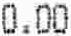
0.00